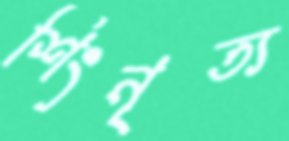
শিংনৃত্য